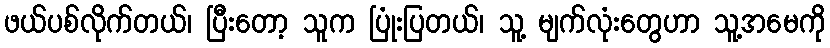
ဖယ်ပစ်လိုက်တယ်၊ ပြီးတော့ သူက ပြုံးပြတယ်၊ သူ့ မျက်လုံးတွေဟာ သူ့အမေကို